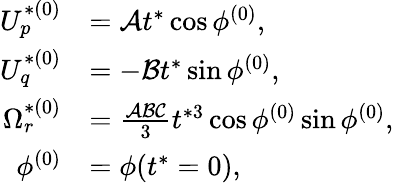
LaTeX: \begin{array}{rl}{U_{p}^{*(0)}}&{=\mathcal{A}t^{*}\cos\phi^{(0)},}\\ {U_{q}^{*(0)}}&{=-\mathcal{B}t^{*}\sin\phi^{(0)},}\\ {\Omega_{r}^{*(0)}}&{=\frac{\mathcal{A}\mathcal{B}\mathcal{C}}{3}t^{*3}\cos\phi^{(0)}\sin\phi^{(0)},}\\ {\phi^{(0)}}&{=\phi(t^{*}=0),}\end{array}